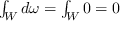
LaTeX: \textstyle \int _ { W } d \omega = \int _ { W } 0 = 0